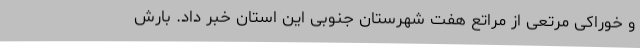
و خوراکی مرتعی از مراتع هفت شهرستان جنوبی این استان خبر داد. بارش